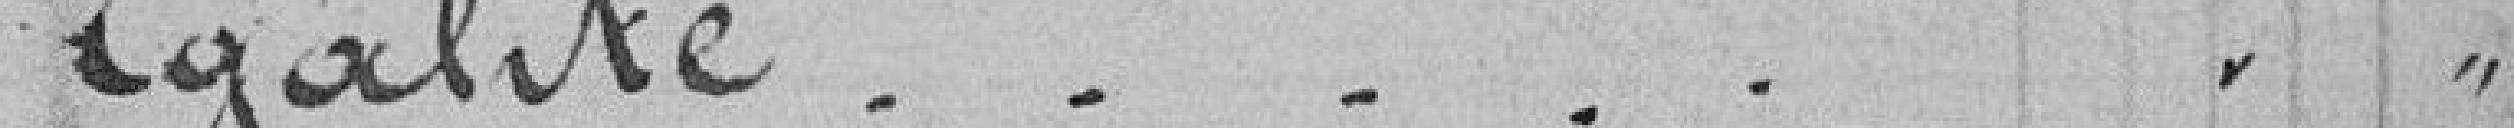
Egalité